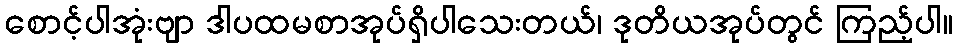
စောင့်ပါအုံးဗျာ ဒါပထမစာအုပ်ရှိပါသေးတယ်၊ ဒုတိယအုပ်တွင် ကြည့်ပါ။